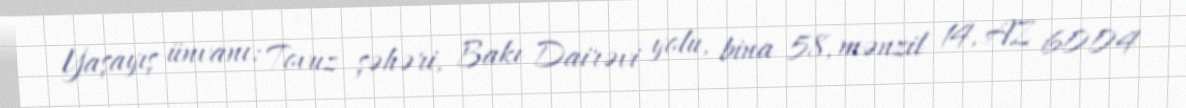
Yaşayış ünvanı: Tovuz şəhəri, Bakı Dairəvi yolu, bina 58, mənzil 14, AZ 6004